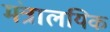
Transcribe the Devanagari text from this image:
मंत्रालयिक